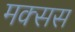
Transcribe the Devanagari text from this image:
मक्सस